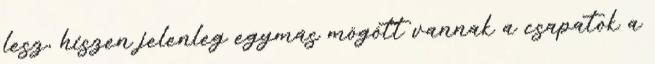
lesz, hiszen jelenleg egymás mögött vannak a csapatok a